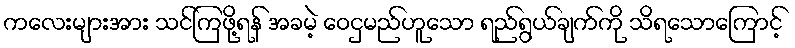
ကလေးများအား သင်ကြဖို့ရန် အခမဲ့ ဝေငှမည်ဟူသော ရည်ရွယ်ချက်ကို သိရသောကြောင့်